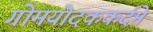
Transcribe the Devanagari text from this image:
गोमयोदककर्दमे